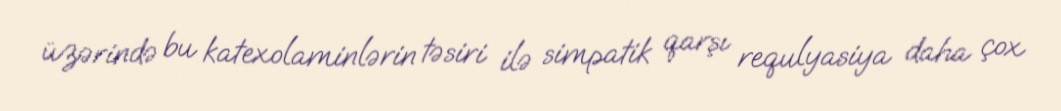
üzərində bu katexolaminlərin təsiri ilə simpatik qarşı requlyasiya daha çox